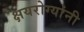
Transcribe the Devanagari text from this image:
क्षयरोग्यांनी